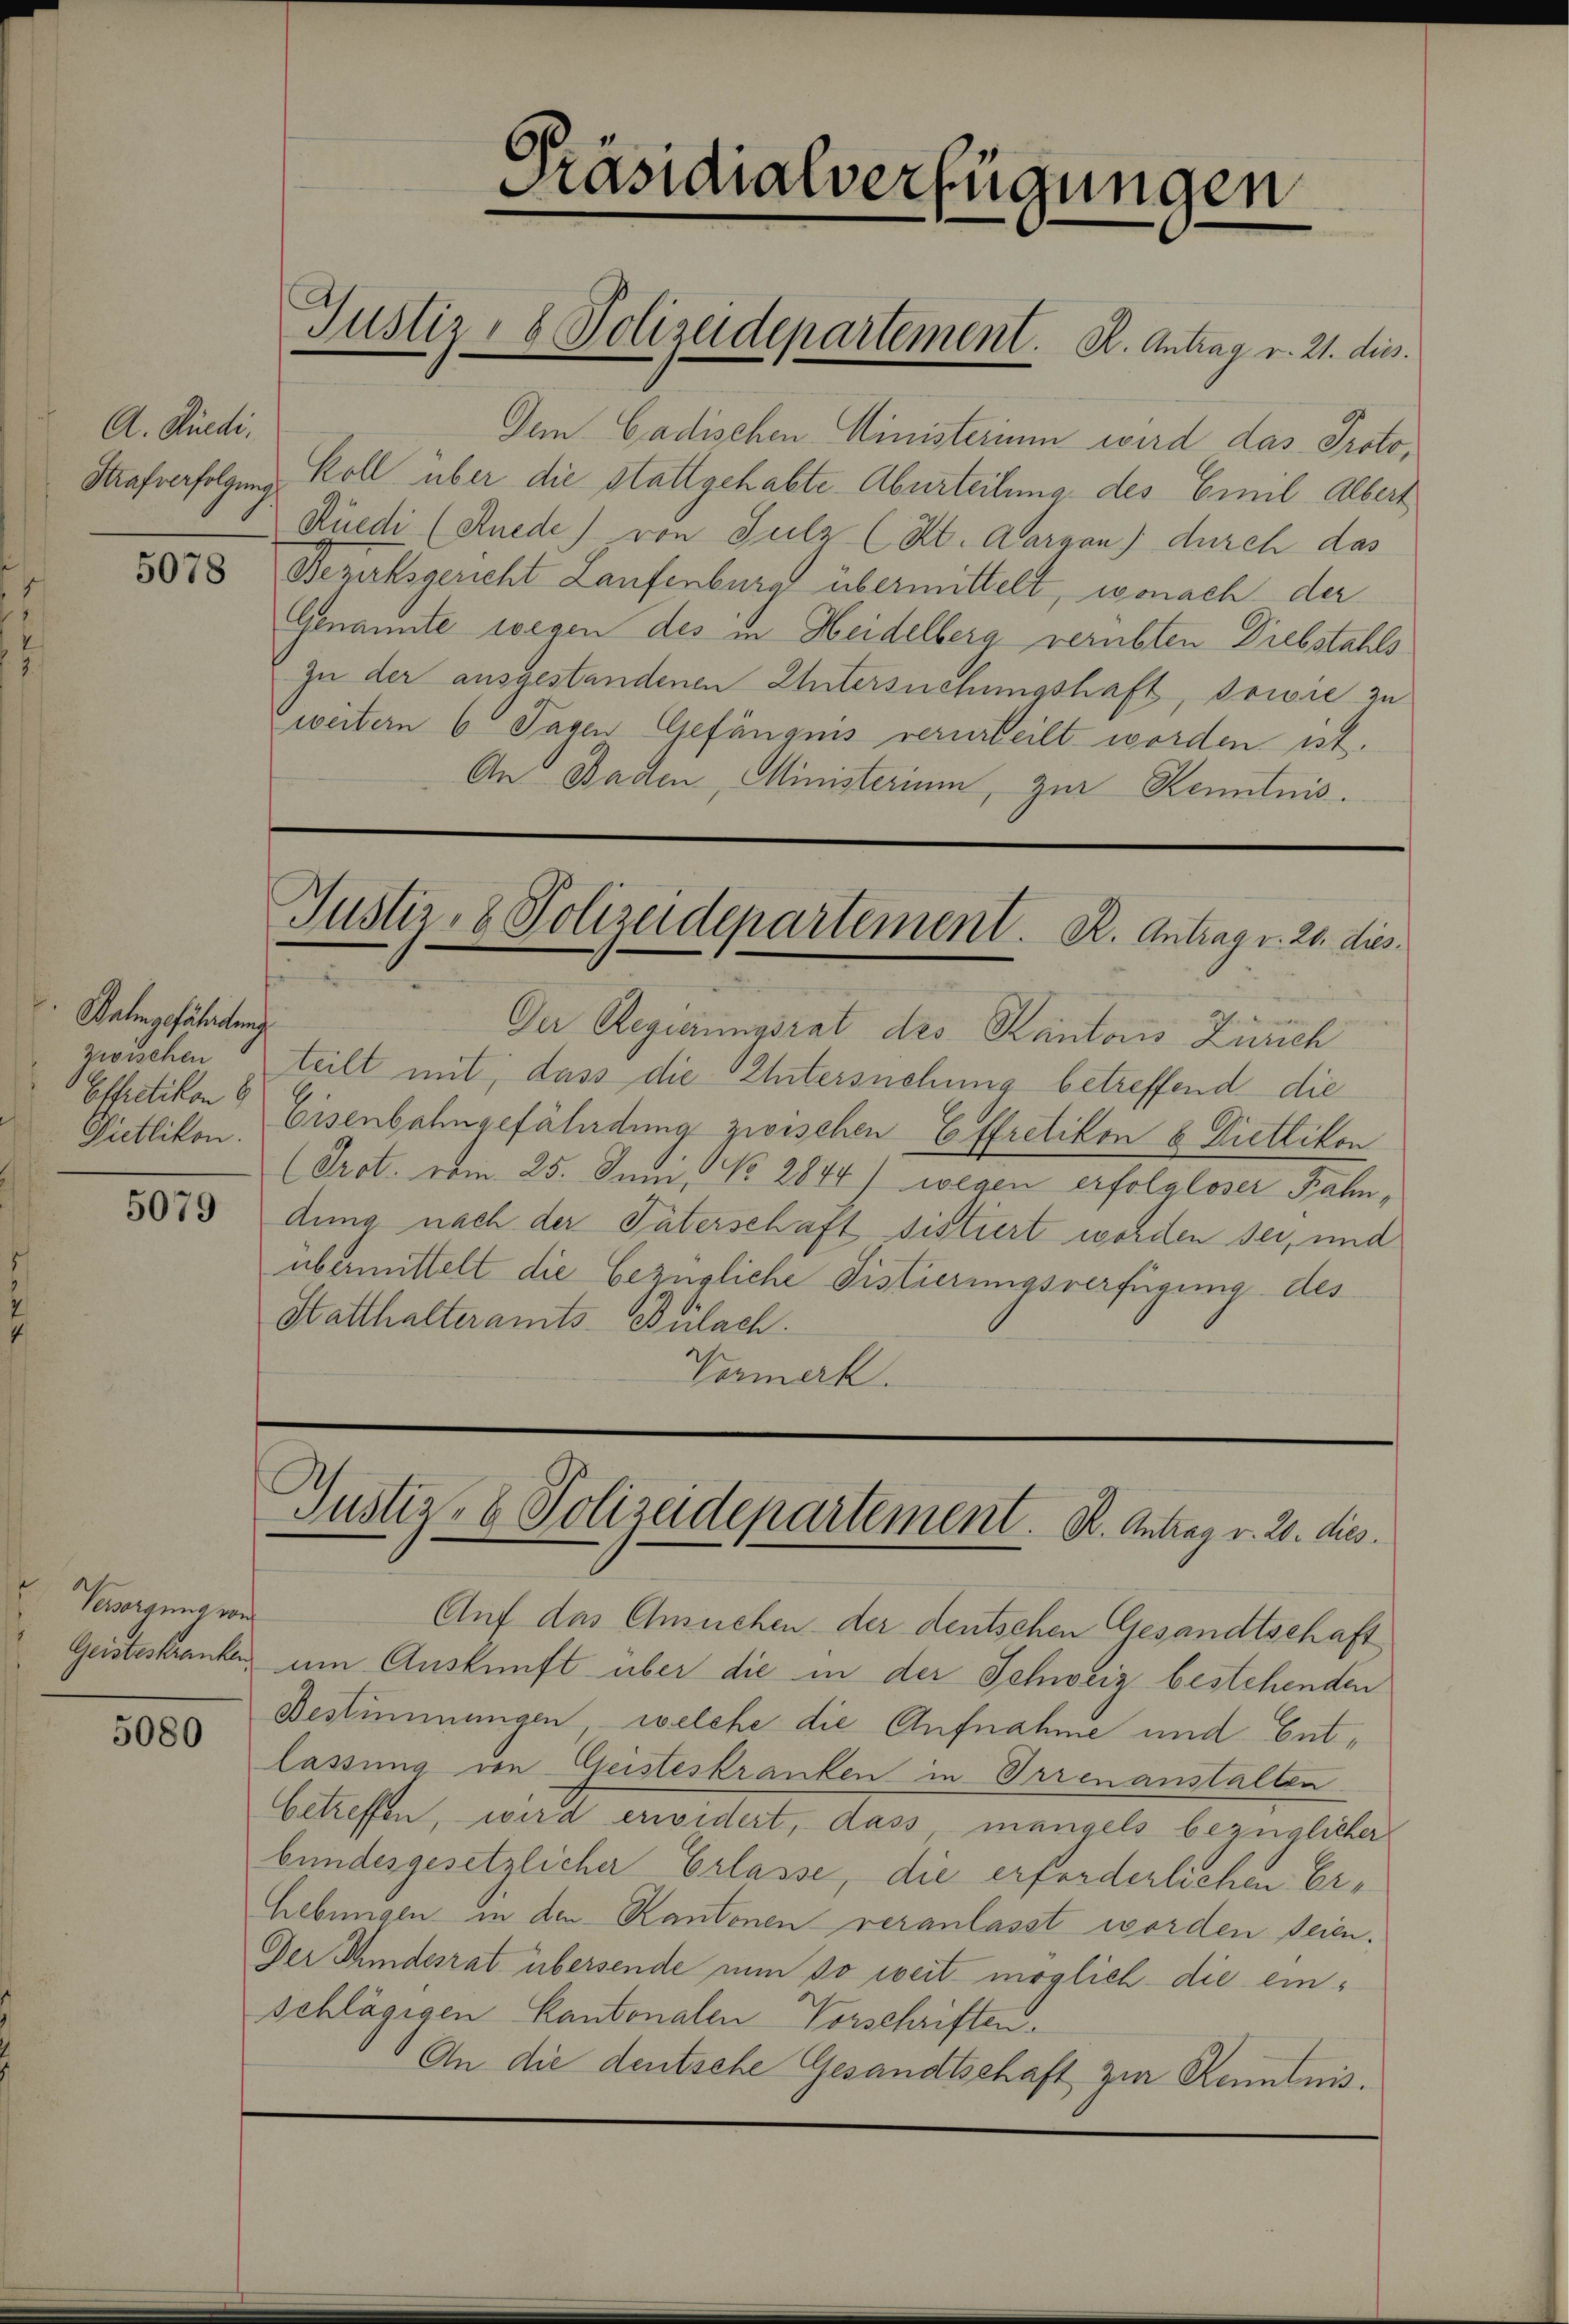
A. Rüedi.
Strafverfolgung

5078

Bahngefährteng
zwischen
Effretikon 6

5079

Severgung wir
Geisteskranken

5080

Dem Cadischen Ministerium wird das Protokoll über die stattgehabte Aburteilung des Emil Albert
Rüedi (Knede) von Sulz (Kt. Aargau) durch das
Bezirksgericht Laufenburg übermittelt, wonach der
Genannte wegen des in Heidelberg verübten Diebstahls
zu der ausgestandenen Untersuchungshaft, sowie zu
weitern 6 Tagen Gefängnis verurteilt worden ist.
An Baden, Ministerium, zur Kenntnis.

Präsidialverfügungen

Justiz- & Polizeidepartement. K. Antrag v. 21. dies

Justiz- & Polizeidepartement. R. Antrag v. 20. dies

Justiz- & Polizeidepartement. B. Antrag v. 20. dies

Auf das Ansuchen der deutschen Gesandtschaft
um Auskunft über die in der Schweiz bestehenden
Bestimmungen, welche die Aufnahme und Entlassung von Geisteskranken in Irrenanstalten
betreffen, wird erwidert, dass mangels bezüglicher
bundesgesetzlicher Erlasse, die erforderlichen Er¬
Liebungen in den Kantonen veranlasst worden seien.
Der Thindesrat übersende nun so weit möglich die einschlägigen Kantonalen Vorschriften.
An die deutsche Gesandtschaft zur Kenntnis.

Der Regierungsrat des Kantons Zürich
teilt mit, dass die Untersnehmig betreffend die
Dietlikon, Eisenbahngefährdung zwischen Effretikon & Dietlikon
(Prot. vom 25. Juni No 2844) wegen erfolgloser Bahn,
dung nach der Güterschaft sistiert worden sei, und
übermittelt die bezügliche Sistierungsverfügung des
Statthalteramts-Bülach.
Vermerk.